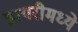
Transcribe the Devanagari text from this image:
डायरीमध्ये